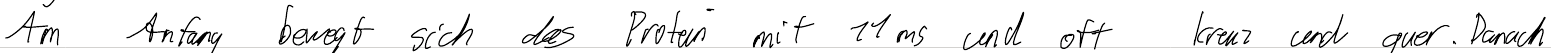
Am Anfang bewegt sich das Protein mit 11ms und oft kreuz und quer. Danach